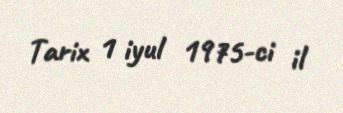
Tarix 1 iyul 1975-ci il